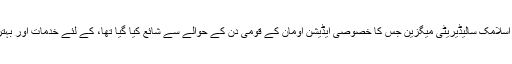
پاکستانی سفیر علی جاوید نے اس موقع پر کہا کہ اسلامک سالیڈیریٹی میگزین جس کا خصوصی ایڈیشن اومان کے قومی دن کے حوالے سے شائع کیا گیا تھا، کے لئے خدمات اور بہترین کردار ادا کرنے پر مہمانوں کے مشکور ہیں۔